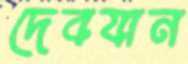
দেবযান